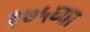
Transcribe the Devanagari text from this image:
१७५व्या